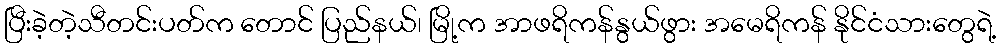
ပြီးခဲ့တဲ့သီတင်းပတ်က တောင် ပြည်နယ်၊ မြို့က အာဖရိကန်နွယ်ဖွား အမေရိကန် နိုင်ငံသားတွေရဲ့